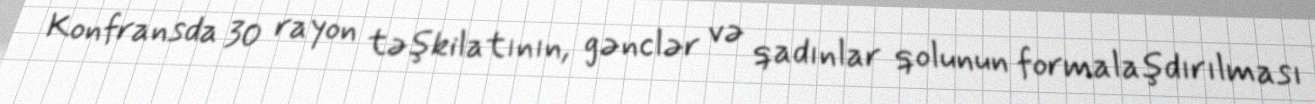
Konfransda 30 rayon təşkilatının, gənclər və qadınlar qolunun formalaşdırılması